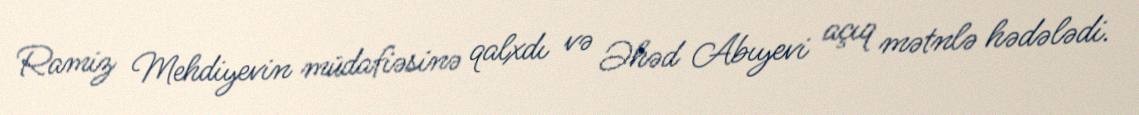
Ramiz Mehdiyevin müdafiəsinə qalxdı və Əhəd Abıyevi açıq mətnlə hədələdi.